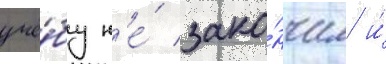
учё́бу н'е́ зако́нчил и́